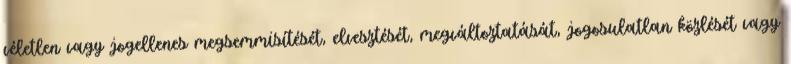
véletlen vagy jogellenes megsemmisítését, elvesztését, megváltoztatását, jogosulatlan közlését vagy